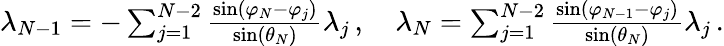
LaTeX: \begin{array}{r}{\lambda_{N-1}=-\sum_{j=1}^{N-2}{\frac{\sin(\varphi_{N}-\varphi_{j})}{\sin(\theta_{N})}}\lambda_{j}\, ,\quad\lambda_{N}=\sum_{j=1}^{N-2}{\frac{\sin(\varphi_{N-1}-\varphi_{j})}{\sin(\theta_{N})}}\lambda_{j}\, .}\end{array}